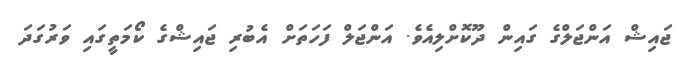
ޖައިޝް އަންޖަލްގެ ގައިން ދޫކޮށްލިއެވެ. އަންޖަލް ފަހަތަށް އެބުރި ޖައިޝްގެ ކޯމަތީގައި ވަރުގަދަ